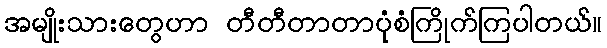
အမျိုးသားတွေဟာ တီတီတာတာပုံစံကြိုက်ကြပါတယ်။